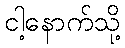
ငါ့နောက်သို့